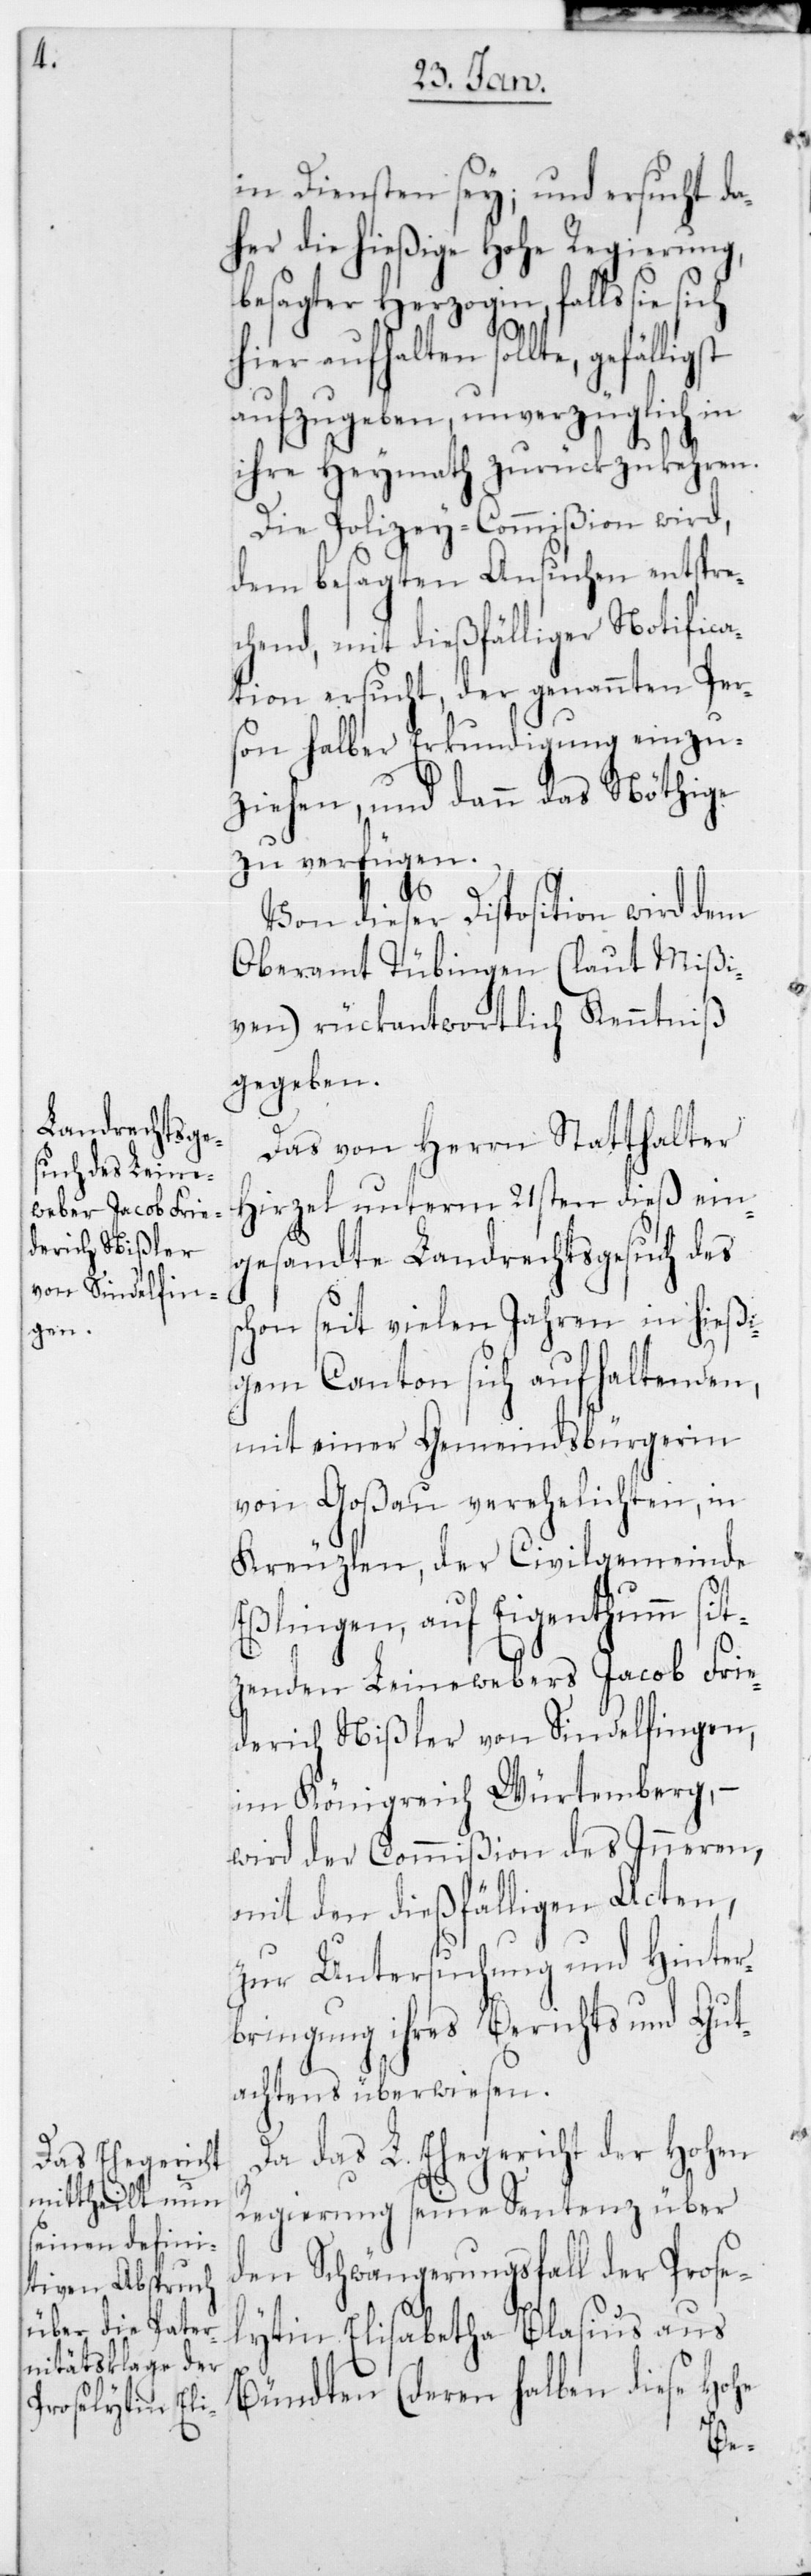
s¬

in Diensten sei; und ersucht da¬
her die hießige hohe Regierung,
besagter Herzogin, falls sie
hier aufhalten sollte,
aufzugeben, unverzüglich in
ihre Heymath zurückzukehren.
Die Polizey-Commißion wird,
dem besagten Ansuchen entspre¬
chend, mit dießfälliger Notifica¬
tion ersucht, der genannten Per¬
son halber Erkundigung einzu¬
ziehen, und dann das Nöthige
zu verfügen.
Von dieser Disposition wird dem
Oberamt Tübingen (laut Mißi¬
ven) rückantwortlich Kenntniß
gegeben.
Das von Herrn Statthalter
Hirzel unterm 21sten dieß ein¬
gesandte Landrechtsgesuch des
chon seit vielen Jahren in hießi¬
gem Canton sich aufhaltenden,
mit einer Gemeindsbürgerin
von Goßau verehelichten, in
Kreuzlen, der Civilgemeinde
Eßlingen, auf Eigenthumm sit¬
zenden Leinewebers Jacob Frie¬
derich Nißler von Sindelfingen,
im Königreich Würtemberg, –
wird der Commißion des Innern,
mit den dießfälligen Acten,
zur Untersuchung und Hinter¬
bringung ihres Berichts und Gut¬
achtens überwiesen.
Da das L. Ehegericht der hohen
Regierung seine Sentenz über
den Schwängerungsfall der Prose¬
lytin Elisabetha Blasius au¬
s Bündten (deren halben diese hohe